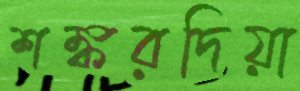
শঙ্করদিয়া